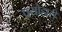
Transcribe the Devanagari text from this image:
पयोहारी